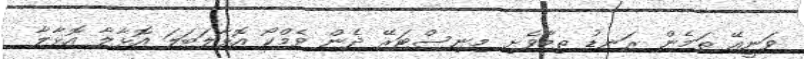
ވަނީއޭ ތަމެން ރަނޑު ތިމާވެށި މިނިސްޓަރޭ ދެން ވެމްކޯ އޮޅާލަބަލަ އޮޅާލާ އޮޅާލާ